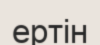
ертін